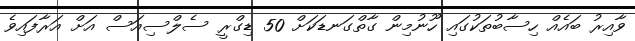
ވާއިރު ބައެއް ހިސާބުތަކުގައި ހޫނުމިން ގާތްގަނޑަކަަށް 50 ޑިގްރީ ސެލްސިއަސް އަށް އަރާފައިވެ